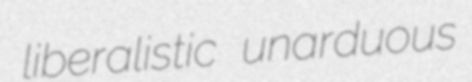
liberalistic unarduous